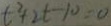
t ^ { 2 } + 2 t - 1 0 = 0